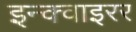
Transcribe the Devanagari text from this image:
इन्क्वाइरर